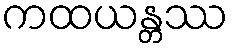
ကထယန္တဿ